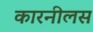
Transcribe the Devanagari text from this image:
कारनीलस